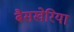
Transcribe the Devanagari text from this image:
बैसखेरिया